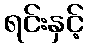
ရင်းနှင့်